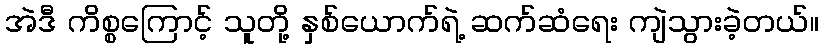
အဲဒီ ကိစ္စကြောင့် သူတို့ နှစ်ယောက်ရဲ့ ဆက်ဆံရေး ကျဲသွားခဲ့တယ်။